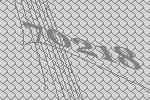
70218